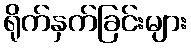
ရိုက်နှက်ခြင်းများ